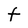
Character: t